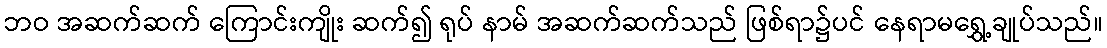
ဘဝ အဆက်ဆက် ကြောင်းကျိုး ဆက်၍ ရုပ် နာမ် အဆက်ဆက်သည် ဖြစ်ရာ၌ပင် နေရာမရွှေ့ချုပ်သည်။